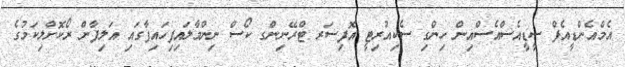
އެމްއެންޑީއެފް ސީޑީއެސްއެސްއިން ހިންގި ސެކިއުރިޓީ އޮފިސަރ ޓްރޭނިންގ ކޯސް ނިންމާލައިފިހައިފާގައި އަލިފާން ރޯކޮށްލިކަމުގެ